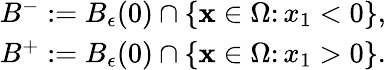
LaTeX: \begin{array}{r}{B^{-}:=B_{\epsilon}(0)\cap\{ {\mathbf x}\in\Omega\colon x_{1}<0\} ,}\\ {B^{+}:=B_{\epsilon}(0)\cap\{ {\mathbf x}\in\Omega\colon x_{1}>0\} .}\end{array}